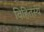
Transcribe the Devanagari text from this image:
विहितस्य